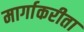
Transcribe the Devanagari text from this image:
मार्गाकरीता